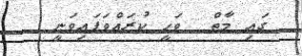
ގައި މާތް  ވަޙީ ކުރައްވަފައިވަނީ